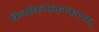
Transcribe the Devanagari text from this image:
किंत्वङ्गीकृतमुत्सृजन्कृपणवत्